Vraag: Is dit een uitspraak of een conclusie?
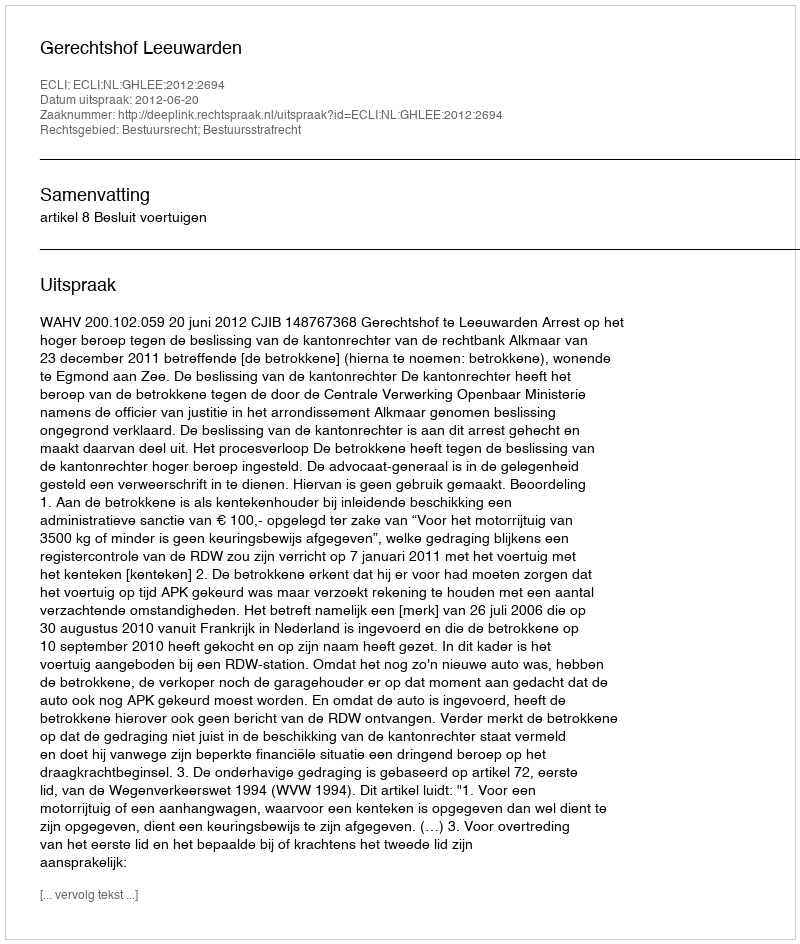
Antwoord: Uitspraak